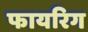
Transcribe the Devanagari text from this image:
फायरिग